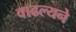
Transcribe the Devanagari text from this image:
वाढल्यने